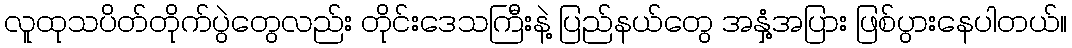
လူထုသပိတ်တိုက်ပွဲတွေလည်း တိုင်းဒေသကြီးနဲ့ ပြည်နယ်တွေ အနှံ့အပြား ဖြစ်ပွားနေပါတယ်။